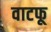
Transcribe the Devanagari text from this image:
वाटफू